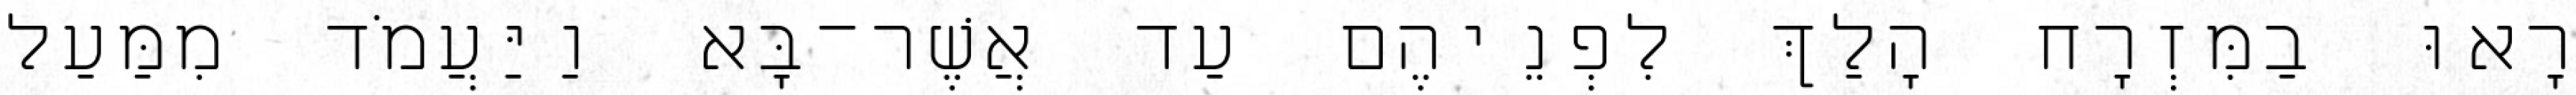
רָאוּ בַמִּזְרָח הָלַךְ לִפְנֵיהֶם עַד אֲשֶׁר־בָּא וַיַּעֲמֹד מִמַּעַל